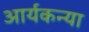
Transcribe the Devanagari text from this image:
आर्यकन्या